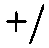
+/